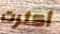
أكثرت